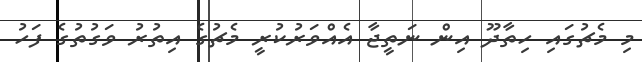
މި މެޗުގައި ހިތާދޫ އިން ނަތީޖާ އެއްވަރުކުރީ މެޗުގެ އިތުރު ވަގުތުގެ ފަހު